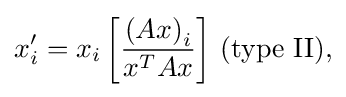
x'_{i}=x_{i}\left[{\frac {\left(Ax\right)_{i}}{x^{T}Ax}}\right]\,({\rm {type~II),}}